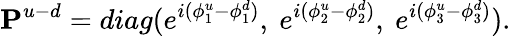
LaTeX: {\mathbf P}^{u-d}=diag(e^{i(\phi_{1}^{u}-\phi_{1}^{d})},~e^{i(\phi_{2}^{u}-\phi_{2}^{d})},~e^{i(\phi_{3}^{u}-\phi_{3}^{d})}).